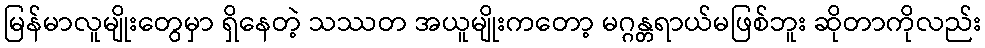
မြန်မာလူမျိုးတွေမှာ ရှိနေတဲ့ သဿတ အယူမျိုးကတော့ မဂ္ဂန္တရာယ်မဖြစ်ဘူး ဆိုတာကိုလည်း